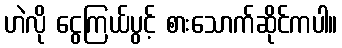
ဟဲလို ငွေကြယ်ပွင့် စားသောက်ဆိုင်ကပါ။